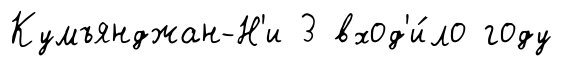
Кумъянджан-Н'и 3 вход'и́ло году